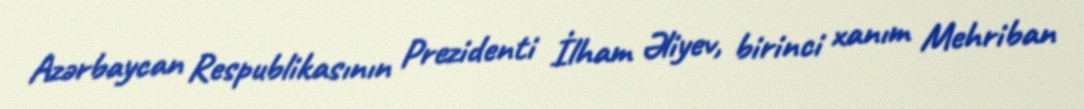
Azərbaycan Respublikasının Prezidenti İlham Əliyev, birinci xanım Mehriban